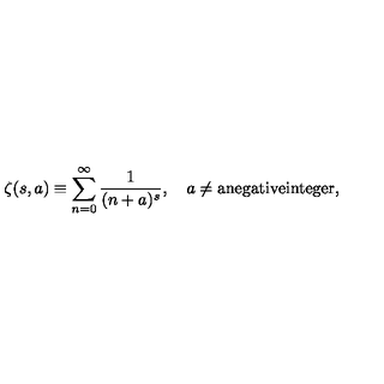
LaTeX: \zeta ( s , a ) \equiv \sum _ { n = 0 } ^ { \infty } \frac { 1 } { ( n + a ) ^ { s } } , \quad a \ne \mathrm { a n e g a t i v e i n t e g e r } ,